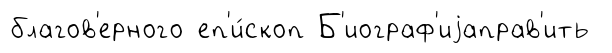
благов'ерного еп'и́скоп Б'иограф'иjаправ'ить